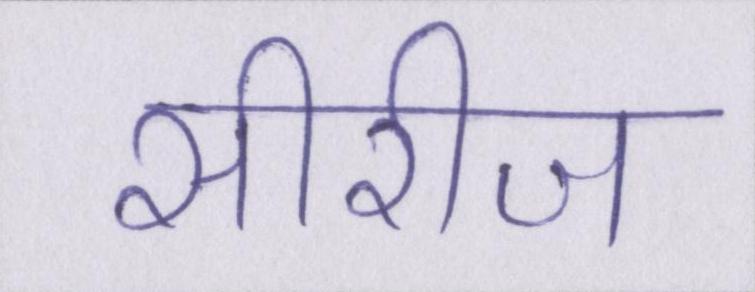
सीरीज